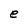
Character: e